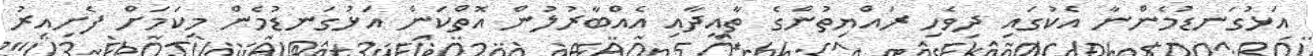
އަޅުގަނޑުމެންނާ އެކުގައި ދިވެހި ރައްޔިތުންގެ ތާއީދާއި އެއްބާރުލުން އޮތްކަން އަޅުގަނޑުމެން މިކަމަށް ފެށިއިރު